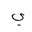
Letter: _ya